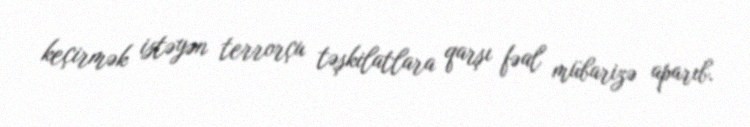
keçirmək istəyən terrorçu təşkilatlara qarşı fəal mübarizə aparıb.